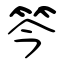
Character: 笒